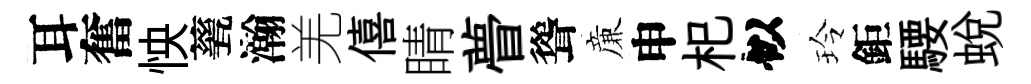
耳奮怏甆瀚羌僖睛瞢聳亷申𣏌似玲鉅騕蛻